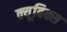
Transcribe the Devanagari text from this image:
क्यूबिक्स